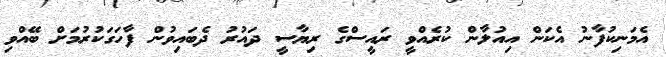
އެމަނިކުފާނު އެކަން އިއުލާން ކުރެއްވީ ރައީސްގެ ރިޔާސީ ދައުރު ދެބައިވުން ފާހަގަކުރުމަށް ބޭއްވި